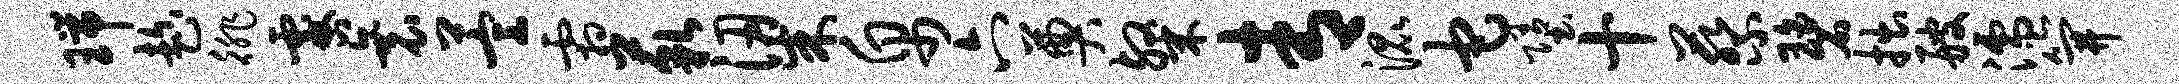
瑞趁徘咎衰萱霜藐梁帛六奠粲青混它堕十蔡碧拙艘濡笄